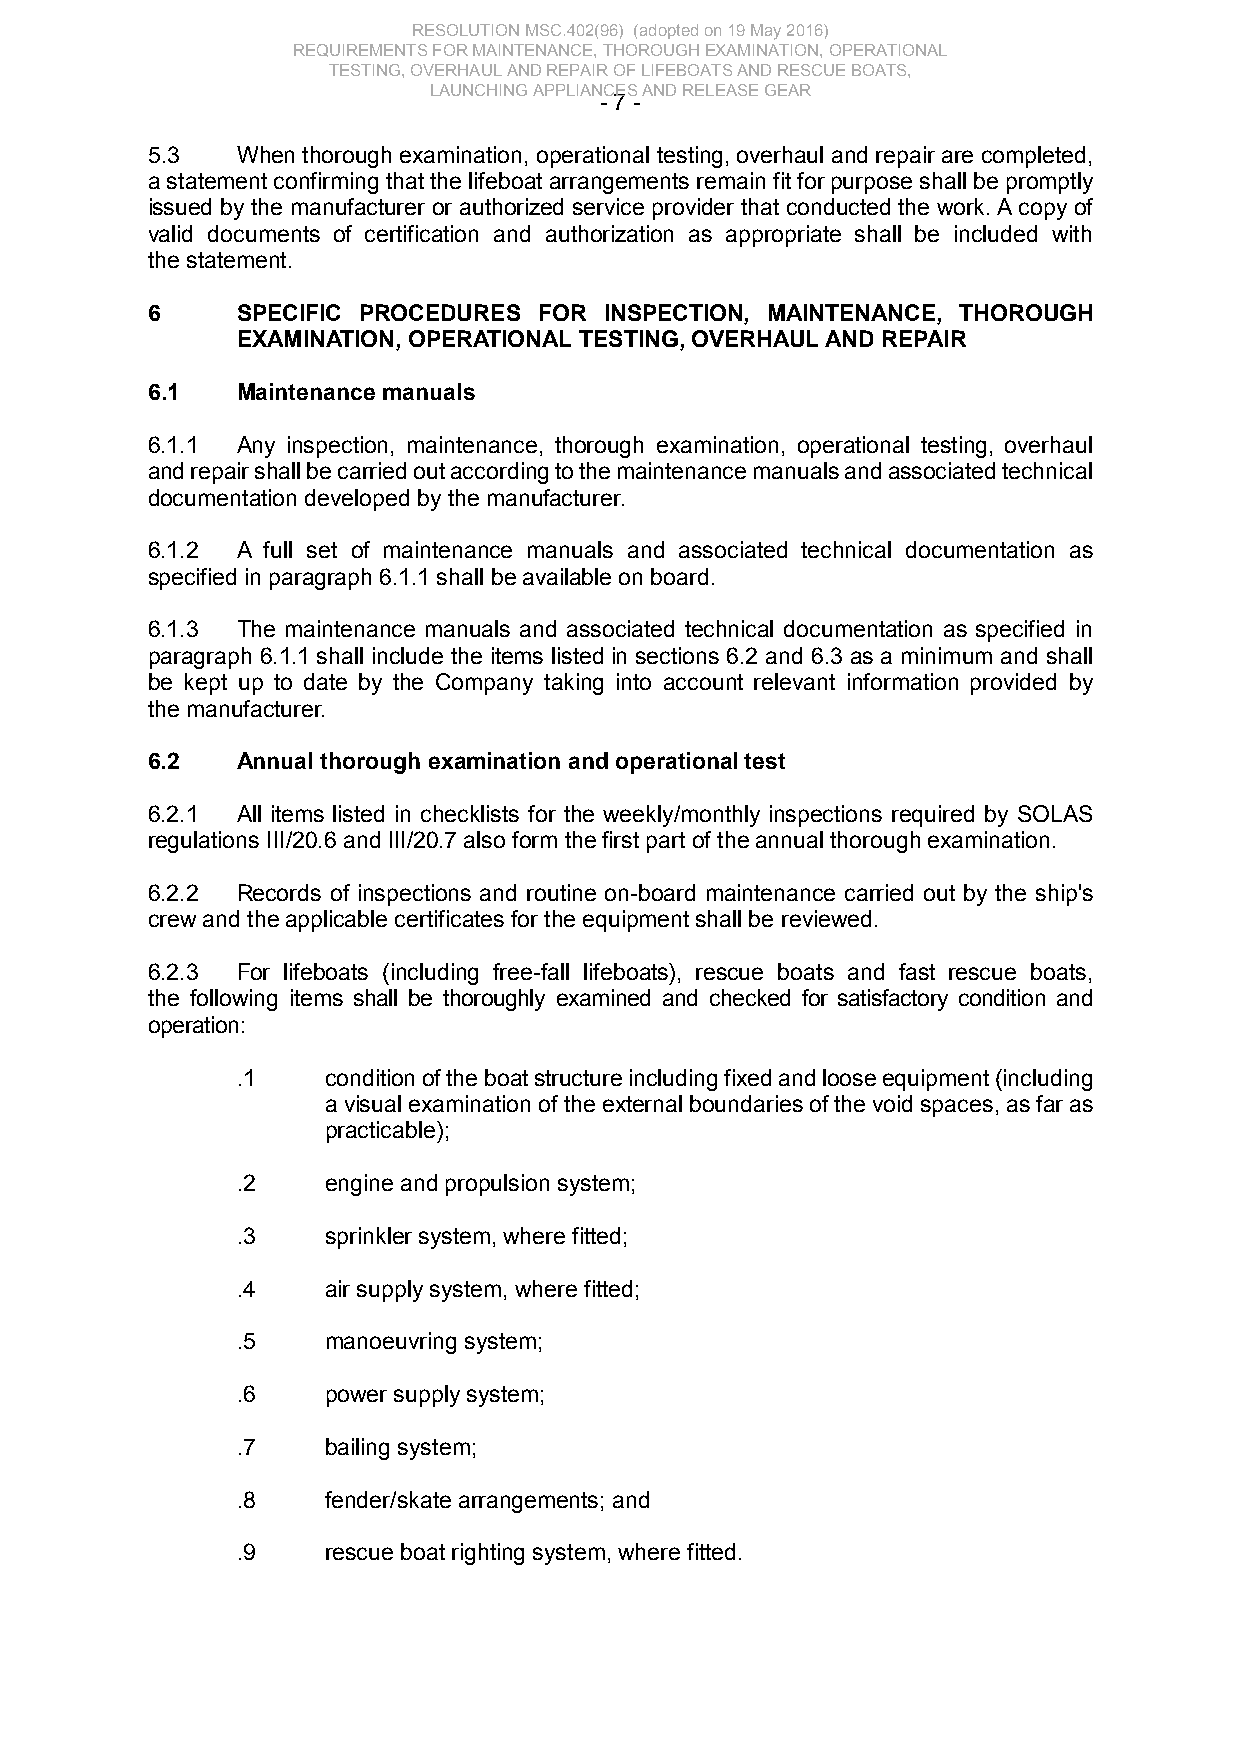
RESOLUTION MSC.402(96) (adopted on 19 May 2016)
 REQUIREMENTS FOR MAINTENANCE, THOROUGH EXAMINATION, OPERATIONAL
 TESTING, OVERHAUL AND REPAIR OF LIFEBOATS AND RESCUE BOATS,
 LAUNCHING APPLIANCES AND RELEASE GEAR
 - 7 -
 5.3   When thorough examination, operational testing, overhaul and repair are completed,
 a statement confirming that the lifeboat arrangements remain fit for purpose shall be promptly
 issued by the manufacturer or authorized service provider that conducted the work. A copy of
 valid documents of certification and authorization as appropriate shall be included with
 the statement.
 6     SPECIFIC PROCEDURES FOR INSPECTION, MAINTENANCE, THOROUGH
 EXAMINATION, OPERATIONAL TESTING, OVERHAUL AND REPAIR
 6.1   Maintenance manuals
 6.1.1 Any inspection, maintenance, thorough examination, operational testing, overhaul
 and repair shall be carried out according to the maintenance manuals and associated technical
 documentation developed by the manufacturer.
 6.1.2 A full set of maintenance manuals and associated technical documentation as
 specified in paragraph 6.1.1 shall be available on board.
 6.1.3 The maintenance manuals and associated technical documentation as specified in
 paragraph 6.1.1 shall include the items listed in sections 6.2 and 6.3 as a minimum and shall
 be kept up to date by the Company taking into account relevant information provided by
 the manufacturer.
 6.2   Annual thorough examination and operational test
 6.2.1 All items listed in checklists for the weekly/monthly inspections required by SOLAS
 regulations III/20.6 and III/20.7 also form the first part of the annual thorough examination.
 6.2.2 Records of inspections and routine on-board maintenance carried out by the ship's
 crew and the applicable certificates for the equipment shall be reviewed.
 6.2.3 For lifeboats (including free-fall lifeboats), rescue boats and fast rescue boats,
 the following items shall be thoroughly examined and checked for satisfactory condition and
 operation:
 .1    condition of the boat structure including fixed and loose equipment (including
 a visual examination of the external boundaries of the void spaces, as far as
 practicable);
 .2    engine and propulsion system;
 .3    sprinkler system, where fitted;
 .4    air supply system, where fitted;
 .5    manoeuvring system;
 .6    power supply system;
 .7    bailing system;
 .8    fender/skate arrangements; and
 .9    rescue boat righting system, where fitted.